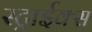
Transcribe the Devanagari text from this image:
स्ट्राईक्स